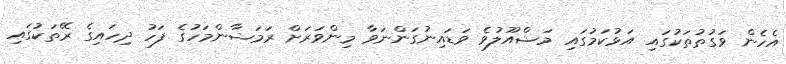
އެހެން ވަގުތުތަކުގައި އަޅުކަމުގައި މަޝްއޫލުވެ ވަޑައިނުގަންނަވާ މިންވަރަށް ރަމަޟާންމަހުގެ ފަހު ދިހައިގެ ރޭތަކުގައި